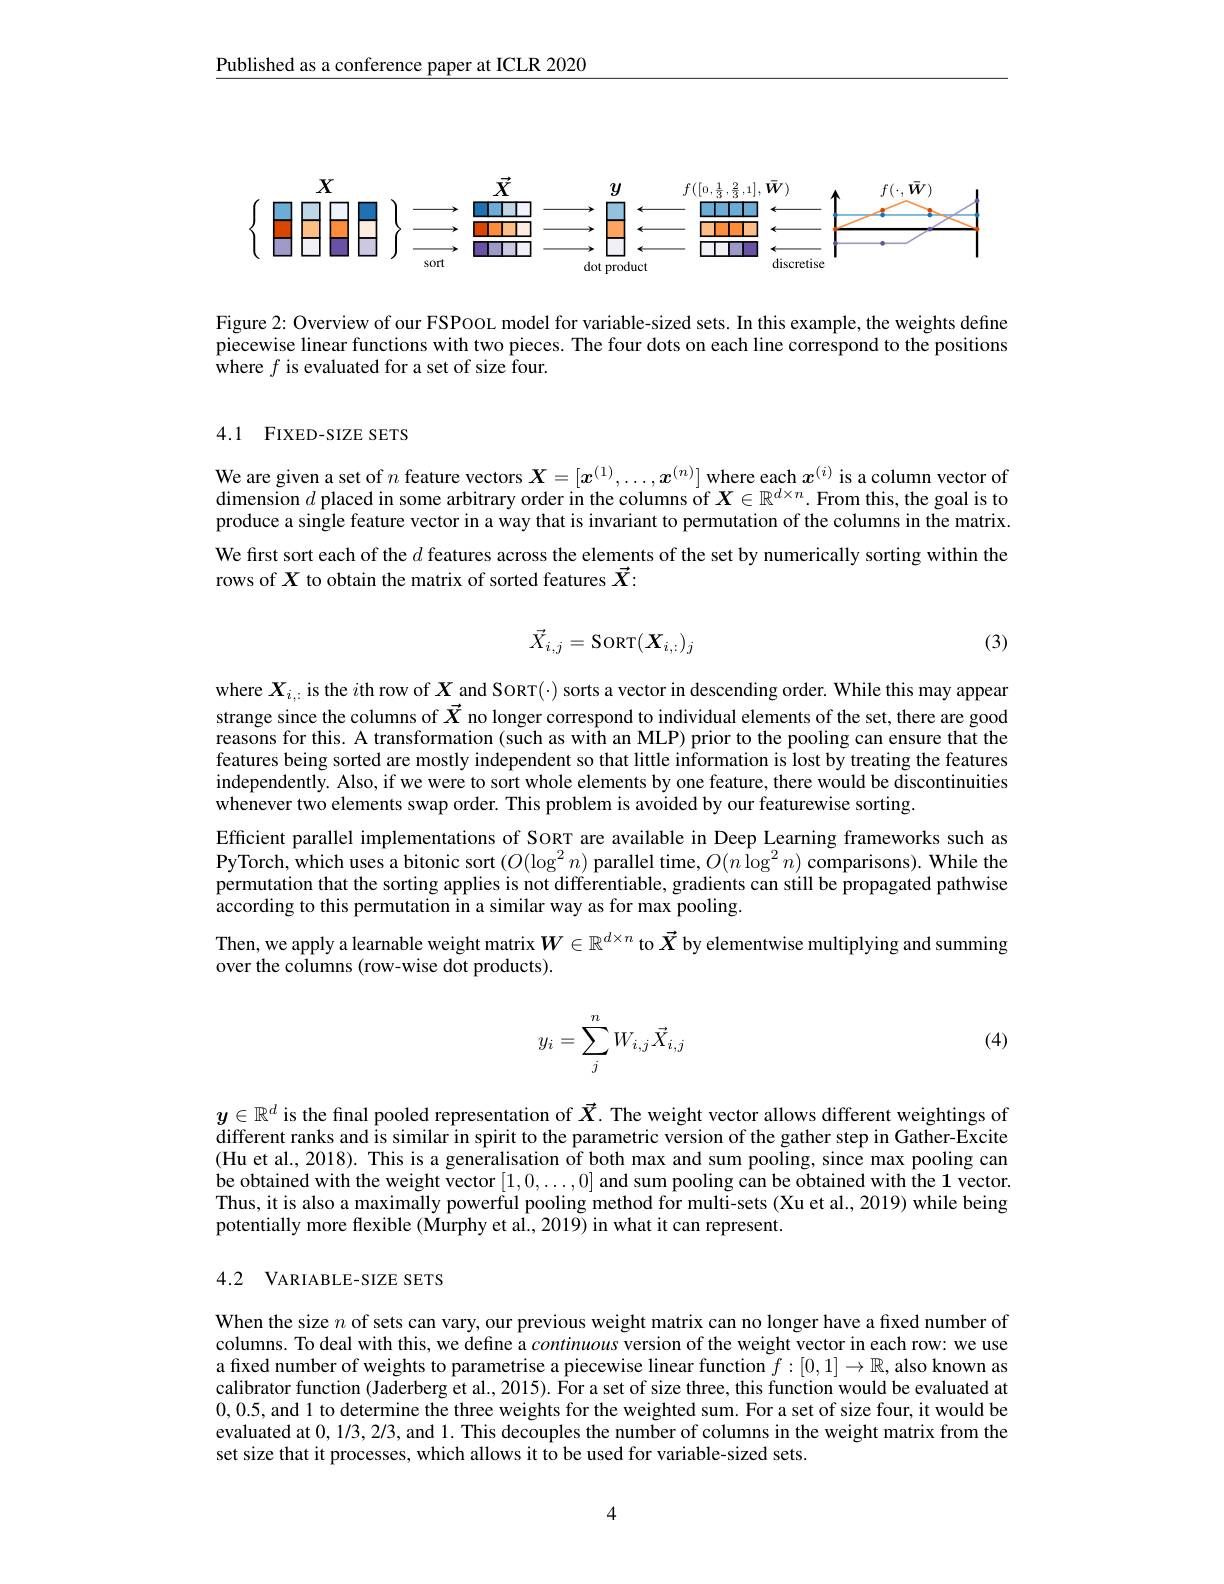
Published as a conference paper at ICLR 2020

<FigureHere>

Figure 2: Overview of our FSPooL model for variable-sized sets. In this example, the weights define piecewise linear functions with two pieces. The four dots on each line correspond to the positions where $f$ is evaluated for a set of size four.

## 4.1 FIXED-SIZE SETS

We are given a set of $n$ feature vectors $X=[x^{(1)},\ldots,x^{(n)}]\underset{c}{\operatorname*{\text{where each}}}x^{(i)}$ is a column vector of $\tilde{\text{dimension }d\text{ placed in some arbitrary order in the columns of }X}\in\mathbb{R}^{d\times n}.$ From this, the goal is to produce a single feature vector in a way that is invariant to permutation of the columns in the matrix We first sort each of the $d$ features across the elements of the set by numerically sorting within the rows of X to obtain the matrix of sorted features $\vec{X}:$
$$\vec{X}_{i,j}=\mathrm{SoRT}(\boldsymbol{X}_{i,:})_j$$
(3)

where $X_{i,\cdot}$ is the $i$th row of $X\underset{\to}{\operatorname*{\text{and SoRT() sortsavectorindescendingorder.Whilethismay appear}}}$ strange since the columns of $\vec{X}$ no longer correspond to individual elements of the set, there are good reasons for this. A transformation (such as with an MLP) prior to the pooling can ensure that the features being sorted are mostly independent so that little information is lost by treating the features independently. Also, if we were to sort whole elements by one feature, there would be discontinuities whenever two elements swap order. This problem is avoided by our featurewise sorting.
Efficient parallel implementations of SORT are available in Deep Learning frameworks such as PyTorch, which uses a bitonic sort $(O(\log^2n)$ parallel time, $O(n\log^2n)$ comparisons). While the permutation that the sorting applies is not differentiable, gradients can still be propagated pathwise according to this permutation in a similar way as for max pooling.
Then, we apply a learnable weight matrix $W\in\mathbb{R}^{d\times n}$ to $\vec{X}$ by elementwise multiplying and summing
over the columns (row-wise dot products).

(4)
$$y_i=\sum_j^nW_{i,j}\vec{X}_{i,j}$$
$y\in\mathbb{R}^d$ is the fınal pooled representation of $\vec{X}.$ The weight vector allows different weightings of different ranks and is similar in spirit to the parametric version of the gather step in Gather-Excite (Hu et al., 2018). This is a generalisation of both max and sum pooling, since max pooling can be obtained with the weight vector $[1,0,\ldots,0]$ and sum pooling can be obtained with the 1 vector. Thus, it is also a maximally powerful pooling method for multi-sets (Xu et al., 2019) while being potentially more flexible (Murphy et al., 2019) in what it can represent.

## 4.2 VARIABLE- SIZE SETS

When the size $n$ of sets can vary, our previous weight matrix can no longer have a fixed number of columns. To deal with this, we define a continuous version of the weight vector in each row: we use a fixed number of weights to parametrise a piecewise linear function $f:[0,1]\to\mathbb{R}$, also known as calibrator function (Jaderberg et al., 2015). For a set of size three, this function would be evaluated at 0,0.5, and 1 to determine the three weights for the weighted sum. For a set of size four, it would be evaluated at 0,1/3,2/3, and 1. This decouples the number of columns in the weight matrix from the set size that it processes, which allows it to be used for variable-sized sets.

4